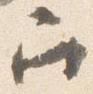
召